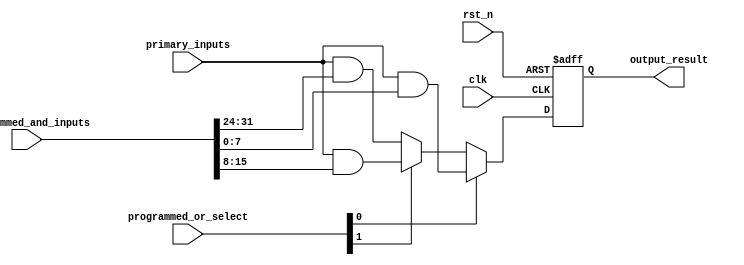
module RPAL #(
    parameter NUM_AND_GATES = 4, // Number of AND gates
    parameter NUM_OR_GATES  = 2,  // Number of OR gates
    parameter WIDTH         = 8    // Width of the input signals
)(
    input wire clk,                      // Clock signal
    input wire rst_n,                    // Active-low reset signal
    input wire [WIDTH-1:0] primary_inputs, // Primary input signals
    input wire [NUM_AND_GATES*WIDTH-1:0] programmed_and_inputs, // Configurable inputs for AND gates
    input wire [NUM_OR_GATES-1:0] programmed_or_select, // Select signals for OR gates
    output reg [WIDTH-1:0] output_result // Output from the RPAL
);

// Internal signals for AND gate outputs
wire [WIDTH-1:0] and_outputs[0:NUM_AND_GATES-1];

// Programmable AND gates
generate
    genvar i;
    for (i = 0; i < NUM_AND_GATES; i = i + 1) begin : and_gate
        assign and_outputs[i] = primary_inputs & programmed_and_inputs[(i+1)*WIDTH-1 -: WIDTH];
    end
endgenerate

// OR gate outputs
wire [WIDTH-1:0] or_output;
assign or_output = (programmed_or_select[0]) ? and_outputs[0] :
                   (programmed_or_select[1]) ? and_outputs[1] :
                   (programmed_or_select[2]) ? and_outputs[2] :
                   and_outputs[3]; // Default to last AND gate output

// Register to store the output
always @(posedge clk or negedge rst_n) begin
    if (!rst_n) begin
        output_result <= 0;
    end else begin
        output_result <= or_output; // Store the OR output
    end
end

endmodule